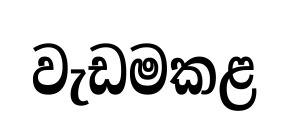
වැඩමකළ